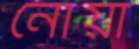
নোয়া